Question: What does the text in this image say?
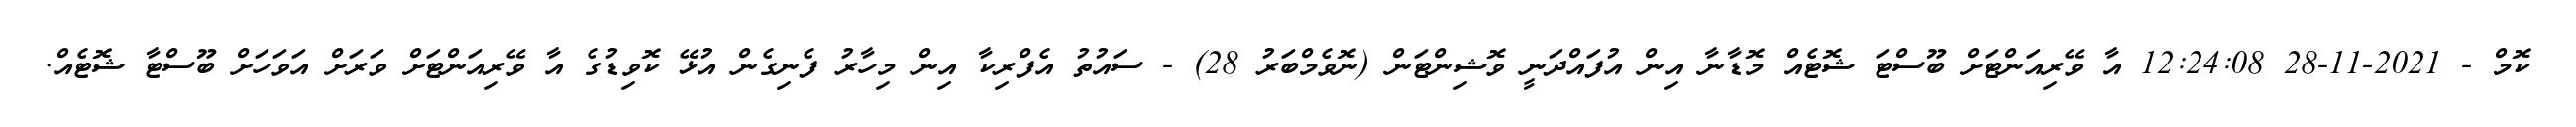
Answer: ކޮމް - 2021-11-28 12:24:08 އާ ވޭރިއަންޓަށް ބޫސްޓަ ޝޮޓެއް މޮޑާނާ އިން އުފައްދަނީ ވޮޝިންޓަން (ނޮވެމްބަރު 28) - ސައުތު އެފްރިކާ އިން މިހާރު ފެނިގެން އުޅޭ ކޮވިޑުގެ އާ ވޭރިއަންޓަށް ވަރަށް އަވަހަށް ބޫސްޓާ ޝޮޓެއް.